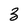
Character: 3